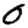
Digit: 0